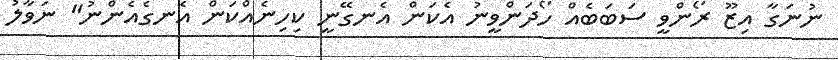
ނުނަގާ އިޒޫ ރޯންވީ ސަބަބެއް ހޯދަންވީނު އެކަން އެނގޭނީ ކިހިނެއްކަން އެނގެއެންނު" ނަވާލު